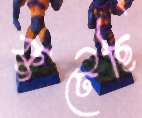
ফুটেছি